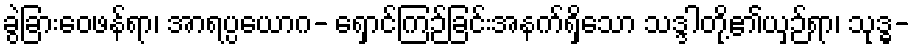
ခွဲခြားဝေဖန်ရာ၊ အာရပ္ပယောဂ- ရှောင်ကြဉ်ခြင်းအနက်ရှိသော သဒ္ဒါတို့၏ယှဉ်ရာ၊ သုဒ္ဓ-